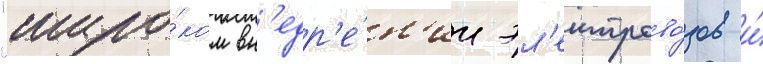
"широ́ком вн'едр'е́н'ии эл'ектрово́зов и́